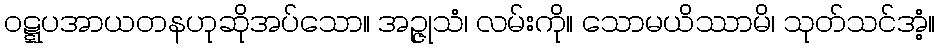
ဝဋ္ဋပအာယတနဟုဆိုအပ်သော။ အဉ္ဇုသံ၊ လမ်းကို။ သောမယိဿာမိ၊ သုတ်သင်အံ့။